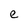
Character: e